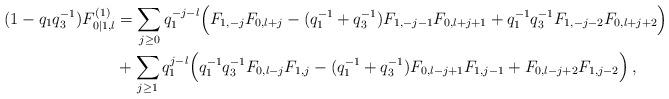
LaTeX: \begin{align*} (1-q_1q_3^{-1})F^{(1)}_{0|1,l}&=\sum_{j\ge0}q_1^{-j-l}\Bigl(F_{1,-j}F_{0,l+j}-(q_1^{-1}+q_3^{-1})F_{1,-j-1}F_{0,l+j+1}+q_1^{-1}q_3^{-1}F_{1,-j-2}F_{0,l+j+2}\Bigr) \\&+\sum_{j\ge1} q_1^{j-l}\Bigl(q_1^{-1}q_3^{-1}F_{0,l-j}F_{1,j}-(q_1^{-1}+q_3^{-1})F_{0,l-j+1}F_{1,j-1}+F_{0,l-j+2}F_{1,j-2}\Bigr)\,,\end{align*}